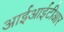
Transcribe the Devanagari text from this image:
आईआईटीआर